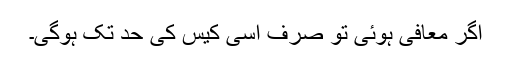
اگر معافی ہوئی تو صرف اسی کیس کی حد تک ہوگی۔